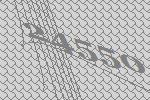
24550